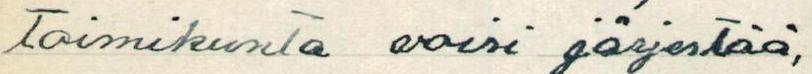
Toimikunta voisi järjestää,